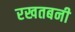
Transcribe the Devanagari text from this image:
रखतबनी